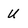
Character: U